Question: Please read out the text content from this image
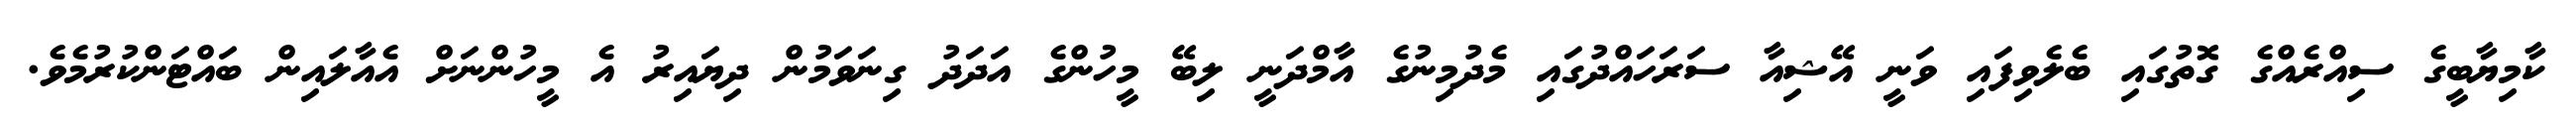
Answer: ކާމިޔާބީގެ ސިއްރެއްގެ ގޮތުގައި ބެލެވިފައި ވަނީ އޭޝިއާ ސަރަހައްދުގައި މެދުމިނުގެ އާމްދަނީ ލިބޭ މީހުންގެ އަދަދު ގިނަވަމުން ދިޔައިރު އެ މީހުންނަށް އެއާލައިން ބައްޓަންކުރުމެވެ.